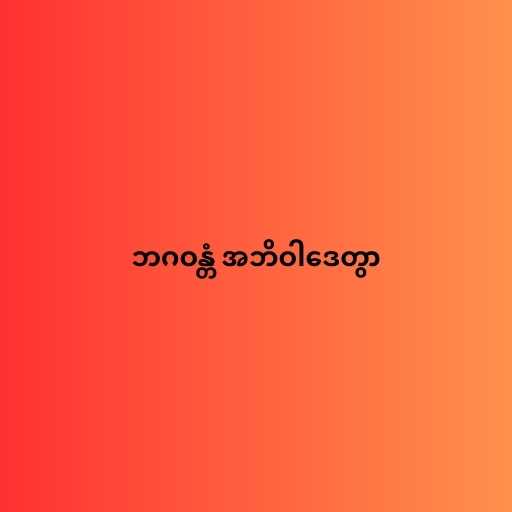
ဘဂဝန္တံ အဘိဝါဒေတွာ